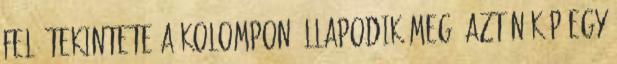
fel. Tekintete a kolompon állapodik meg, aztán köp egy